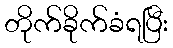
တိုက်ခိုက်ခံရပြီး